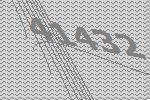
41432